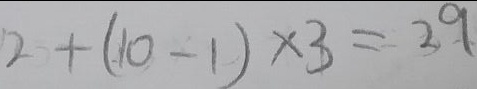
2 + ( 1 0 - 1 ) \times 3 = 2 9